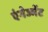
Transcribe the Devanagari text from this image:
एंगेज्मेंट